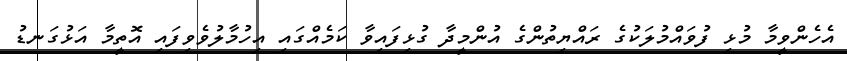
އެހެންވީމާ މުޅި ފުވައްމުލަކުގެ ރައްޔިތުންގެ އުންމީދާ ގުޅިފައިވާ ކަމެއްގައި އިހުމާލުވެވިފައި އޮތީމާ އަޅުގަނޑު